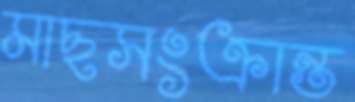
মাছসংক্রান্ত